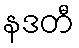
နဒတီ